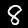
Digit: 8